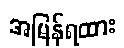
အမြန်ရထား